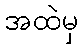
အထဲမှ